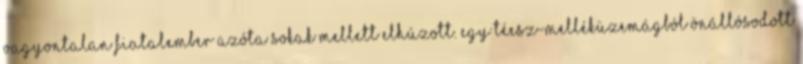
vagyontalan fiatalember azóta sokak mellett elhúzott. Egy téesz-melléküzemágból önállósodott